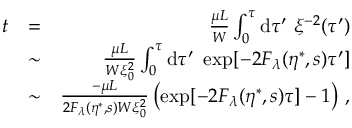
\begin{array} { r l r } { t } & { = } & { \frac { \mu L } { W } \int _ { 0 } ^ { \tau } \mathrm { d } \tau ^ { \prime } \ \xi ^ { - 2 } ( \tau ^ { \prime } ) } \\ & { \sim } & { \frac { \mu L } { W \xi _ { 0 } ^ { 2 } } \int _ { 0 } ^ { \tau } \mathrm { d } \tau ^ { \prime } \ \exp [ - 2 F _ { \lambda } ( \eta ^ { \ast } , s ) \tau ^ { \prime } ] } \\ & { \sim } & { \frac { - \mu L } { 2 F _ { \lambda } ( \eta ^ { \ast } , s ) W \xi _ { 0 } ^ { 2 } } \left( \exp [ - 2 F _ { \lambda } ( \eta ^ { \ast } , s ) \tau ] - 1 \right) \, , } \end{array}